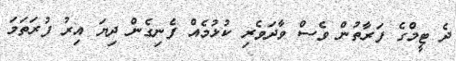
ދެ ޓީމްގެ ފަރާތުން ވެސް ވާދަވެރި ކުޅުމެއް ފެނިގެން ދިޔަ އިރު ފުރަތަމަ